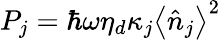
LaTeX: P_{j}=\hbar\omega\eta_{d}\kappa_{j}\left\langle\hat{n}_{j}\right\rangle^{2}